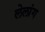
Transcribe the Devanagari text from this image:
लेलांग